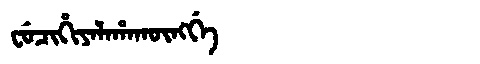
Manchu: ᠸᡠᠴᡳᡥᡳᠶᠠᠯᠠᡥᠠᡴᡡᠩᡤᡝ
Romanization: FUCIHIYALAHAKŪNGGE